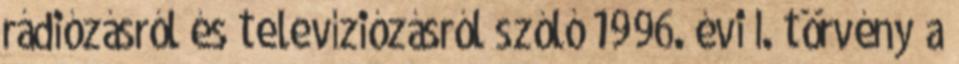
rádiózásról és televíziózásról szóló 1996. évi I. törvény a